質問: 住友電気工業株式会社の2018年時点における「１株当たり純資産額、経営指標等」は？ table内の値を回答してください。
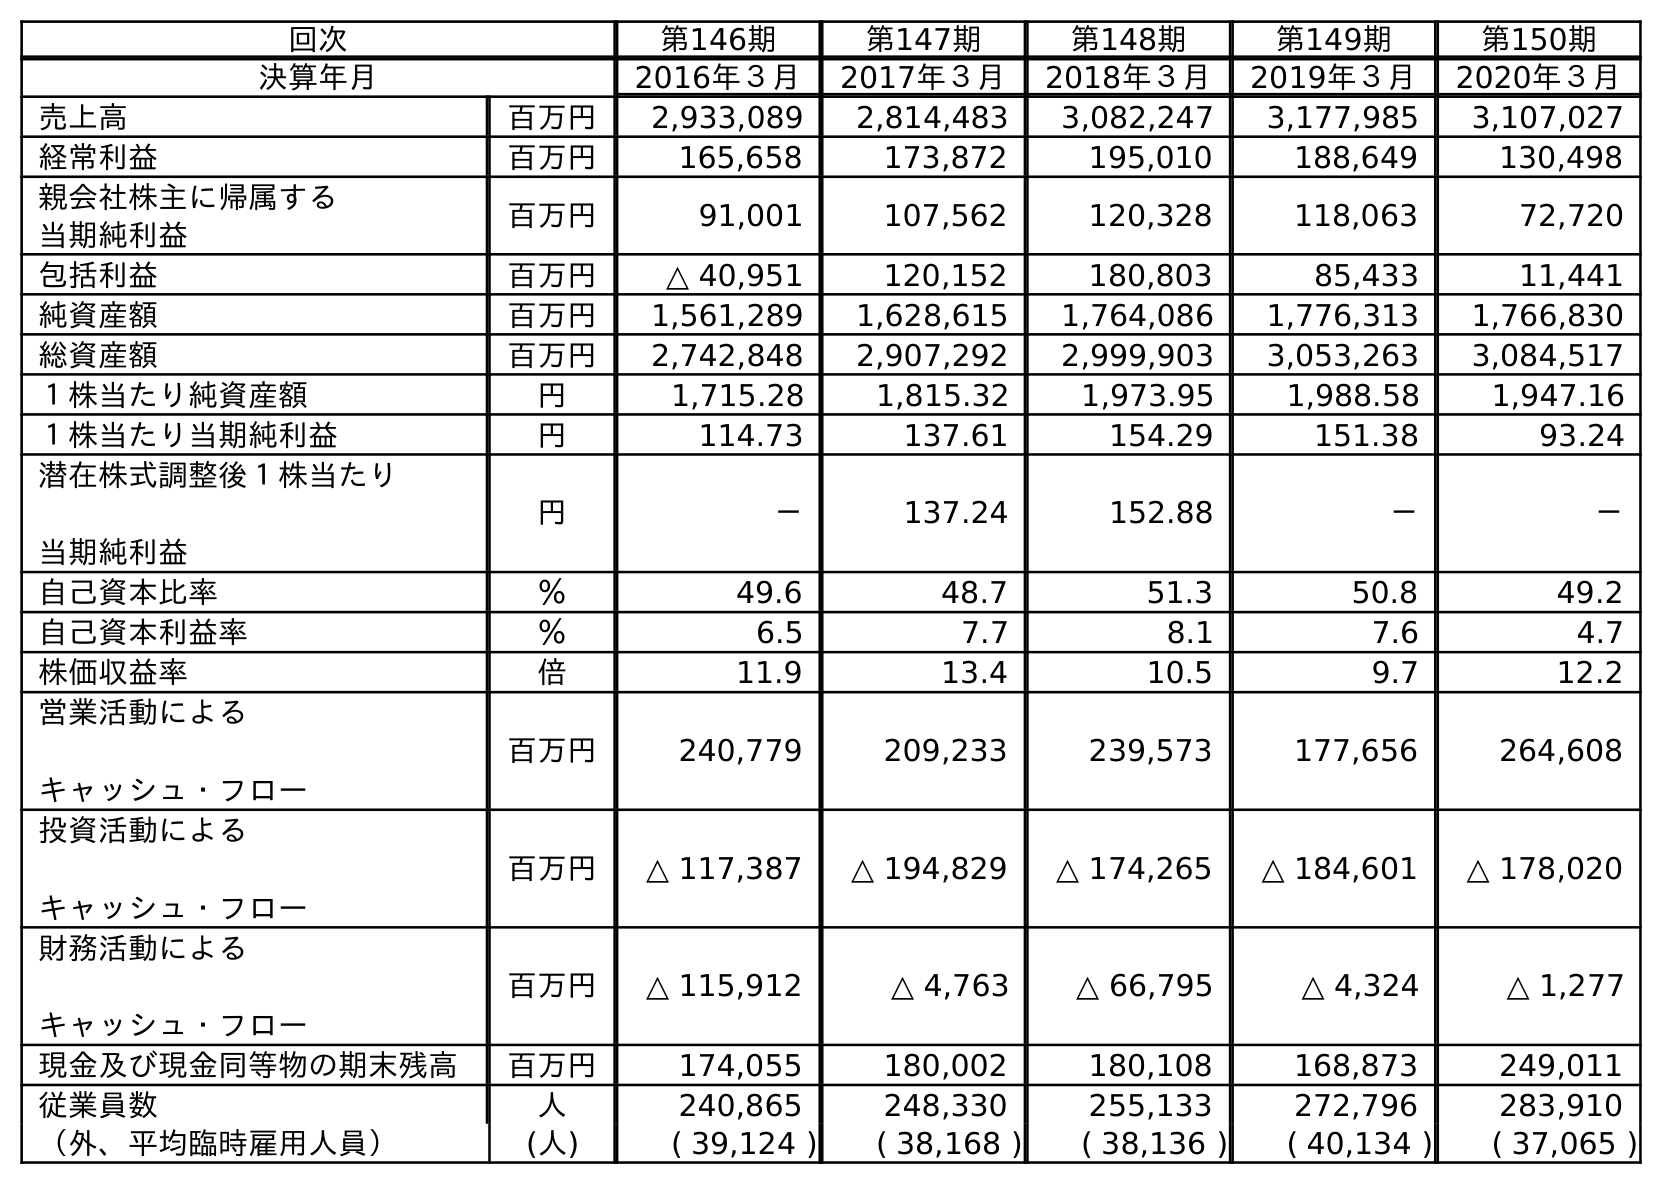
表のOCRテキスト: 回次 第146期 第147期 第148期 第149期 第150期 決算年月 2016年３月 2017年３月 2018年３月 2019年３月 2020年３月 売上高 百万円 2,933,089 2,814,483 3,082,247 3,177,985 3,107,027 経常利益 百万円 165,658 173,872 195,010 188,649 130,498 親会社株主に帰属する 当期純利益 百万円 91,001 107,562 120,328 118,063 72,720 包括利益 百万円 △ 40,951 120,152 180,803 85,433 11,441 純資産額 百万円 1,561,289 1,628,615 1,764,086 1,776,313 1,766,830 総資産額 百万円 2,742,848 2,907,292 2,999,903 3,053,263 3,084,517 １株当たり純資産額 円 1,715.28 1,815.32 1,973.95 1,988.58 1,947.16 １株当たり当期純利益 円 114.73 137.61 154.29 151.38 93.24 潜在株式調整後１株当たり 当期純利益 円 － 137.24 152.88 － － 自己資本比率 ％ 49.6 48.7 51.3 50.8 49.2 自己資本利益率 ％ 6.5 7.7 8.1 7.6 4.7 株価収益率 倍 11.9 13.4 10.5 9.7 12.2 営業活動による キャッシュ・フロー 百万円 240,779 209,233 239,573 177,656 264,608 投資活動による キャッシュ・フロー 百万円 △ 117,387 △ 194,829 △ 174,265 △ 184,601 △ 178,020 財務活動による キャッシュ・フロー 百万円 △ 115,912 △ 4,763 △ 66,795 △ 4,324 △ 1,277 現金及び現金同等物の期末残高 百万円 174,055 180,002 180,108 168,873 249,011 従業員数 人 240,865 248,330 255,133 272,796 283,910 （外、平均臨時雇用人員） (人) ( 39,124 ) ( 38,168 ) ( 38,136 ) ( 40,134 ) ( 37,065 )
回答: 1,973.95